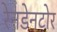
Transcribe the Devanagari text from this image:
रेनडेनटोर